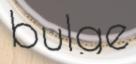
bulge